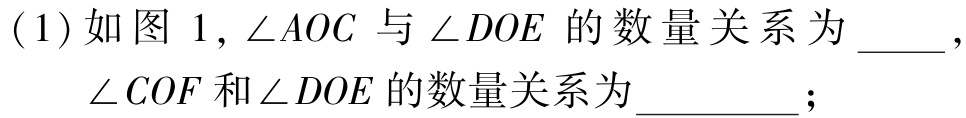
(1)如图 1, \(\angle AOC\) 与 \(\angle DOE\) 的数量关系为 \(\underline{\quad\quad}\),

\(\angle COF\)和\(\angle DOE\)的数量关系为\(\underline{\quad\quad}\);